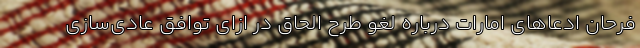
فرحان ادعاهای امارات درباره لغو طرح الحاق در ازای توافق عادی‌سازی